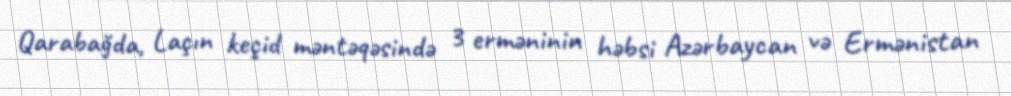
Qarabağda, Laçın keçid məntəqəsində 3 erməninin həbsi Azərbaycan və Ermənistan